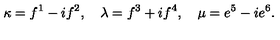
\kappa = f ^ { 1 } - i f ^ { 2 } , \quad \lambda = f ^ { 3 } + i f ^ { 4 } , \quad \mu = e ^ { 5 } - i e ^ { 6 } .